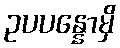
ဥပပန္နောမှိ